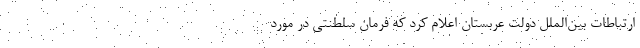
ارتباطات بین‌الملل دولت عربستان اعلام کرد که فرمان سلطنتی در مورد